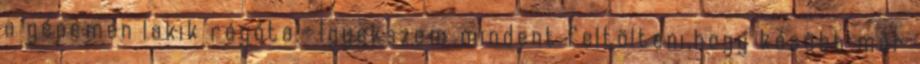
a gépemen lakik régóta:- Igyekszem mindent feltölteni,hogy később már